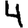
Digit: 4